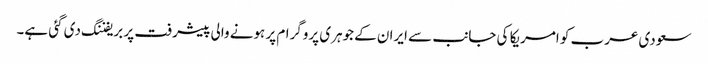
سعودی عرب کو امریکا کی جانب سے ایران کے جوہری پروگرام پر ہونے والی پیشرفت پر بریفننگ دی گئی ہے۔